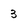
Character: 3